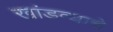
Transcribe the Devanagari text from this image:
खांडव्याचे